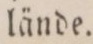
lände.